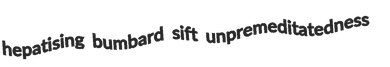
hepatising bumbard sift unpremeditatedness